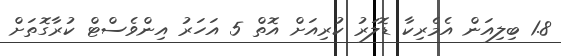
1.8 ބިލިއަން އެމެރިކާ ޑޮލަރު ކުރިއަށް އޮތް 5 އަހަރު އިންވެސްޓް ކުރާގޮތަށް